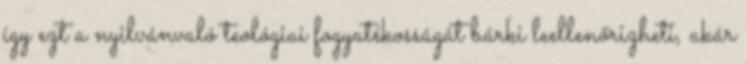
így ezt a nyilvánvaló teológiai fogyatékosságát bárki leellenőrizheti, akár